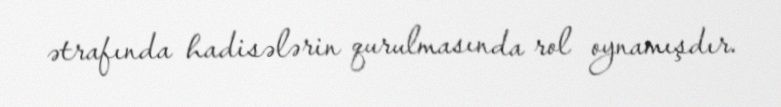
ətrafında hadisələrin qurulmasında rol oynamışdır.